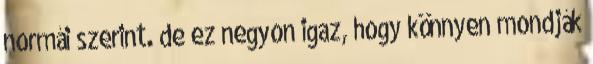
normái szerint. de ez negyon igaz, hogy könnyen mondják